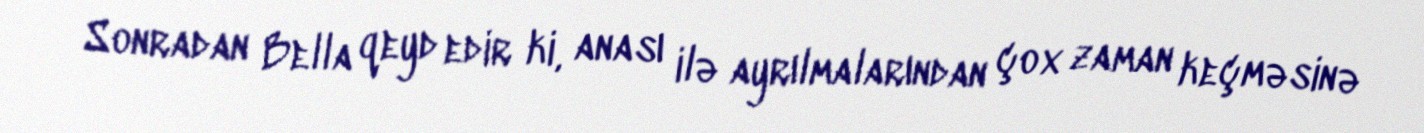
Sonradan Bella qeyd edir ki, anası ilə ayrılmalarından çox zaman keçməsinə